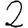
Digit: 2